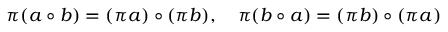
\pi ( a \circ b ) = ( \pi a ) \circ ( \pi b ) , \quad \pi ( b \circ a ) = ( \pi b ) \circ ( \pi a )